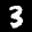
Label: 3